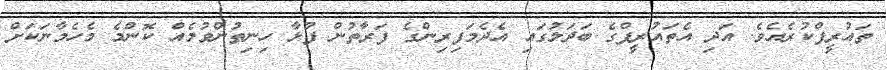
ތައުރީފްކުރެއެވެ. އަދި އެތައުރީފްގެ ބަދަލުގައި އެދެމަފިރިންގެ ފަރާތުން ފުޅާ ހިނިތުންވުމެއް ކޮންމެ މެހެމާނަކަށް